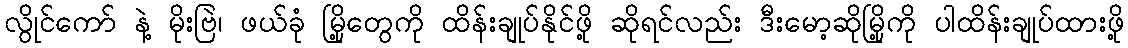
လွိုင်ကော် နဲ့ မိုးဗြဲ၊ ဖယ်ခုံ မြို့တွေကို ထိန်းချုပ်နိုင်ဖို့ ဆိုရင်လည်း ဒီးမော့ဆိုမြို့ကို ပါထိန်းချုပ်ထားဖို့